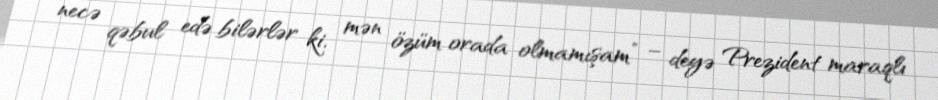
necə qəbul edə bilərlər ki, mən özüm orada olmamışam” – deyə Prezident maraqlı